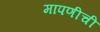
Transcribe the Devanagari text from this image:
मापणीची